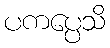
ပကပ္ပေသိ